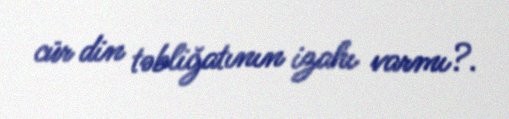
cür din təbliğatının izahı varmı?.